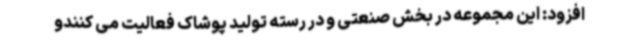
افزود: این مجموعه در بخش صنعتی و در رسته تولید پوشاک فعالیت می کنندو